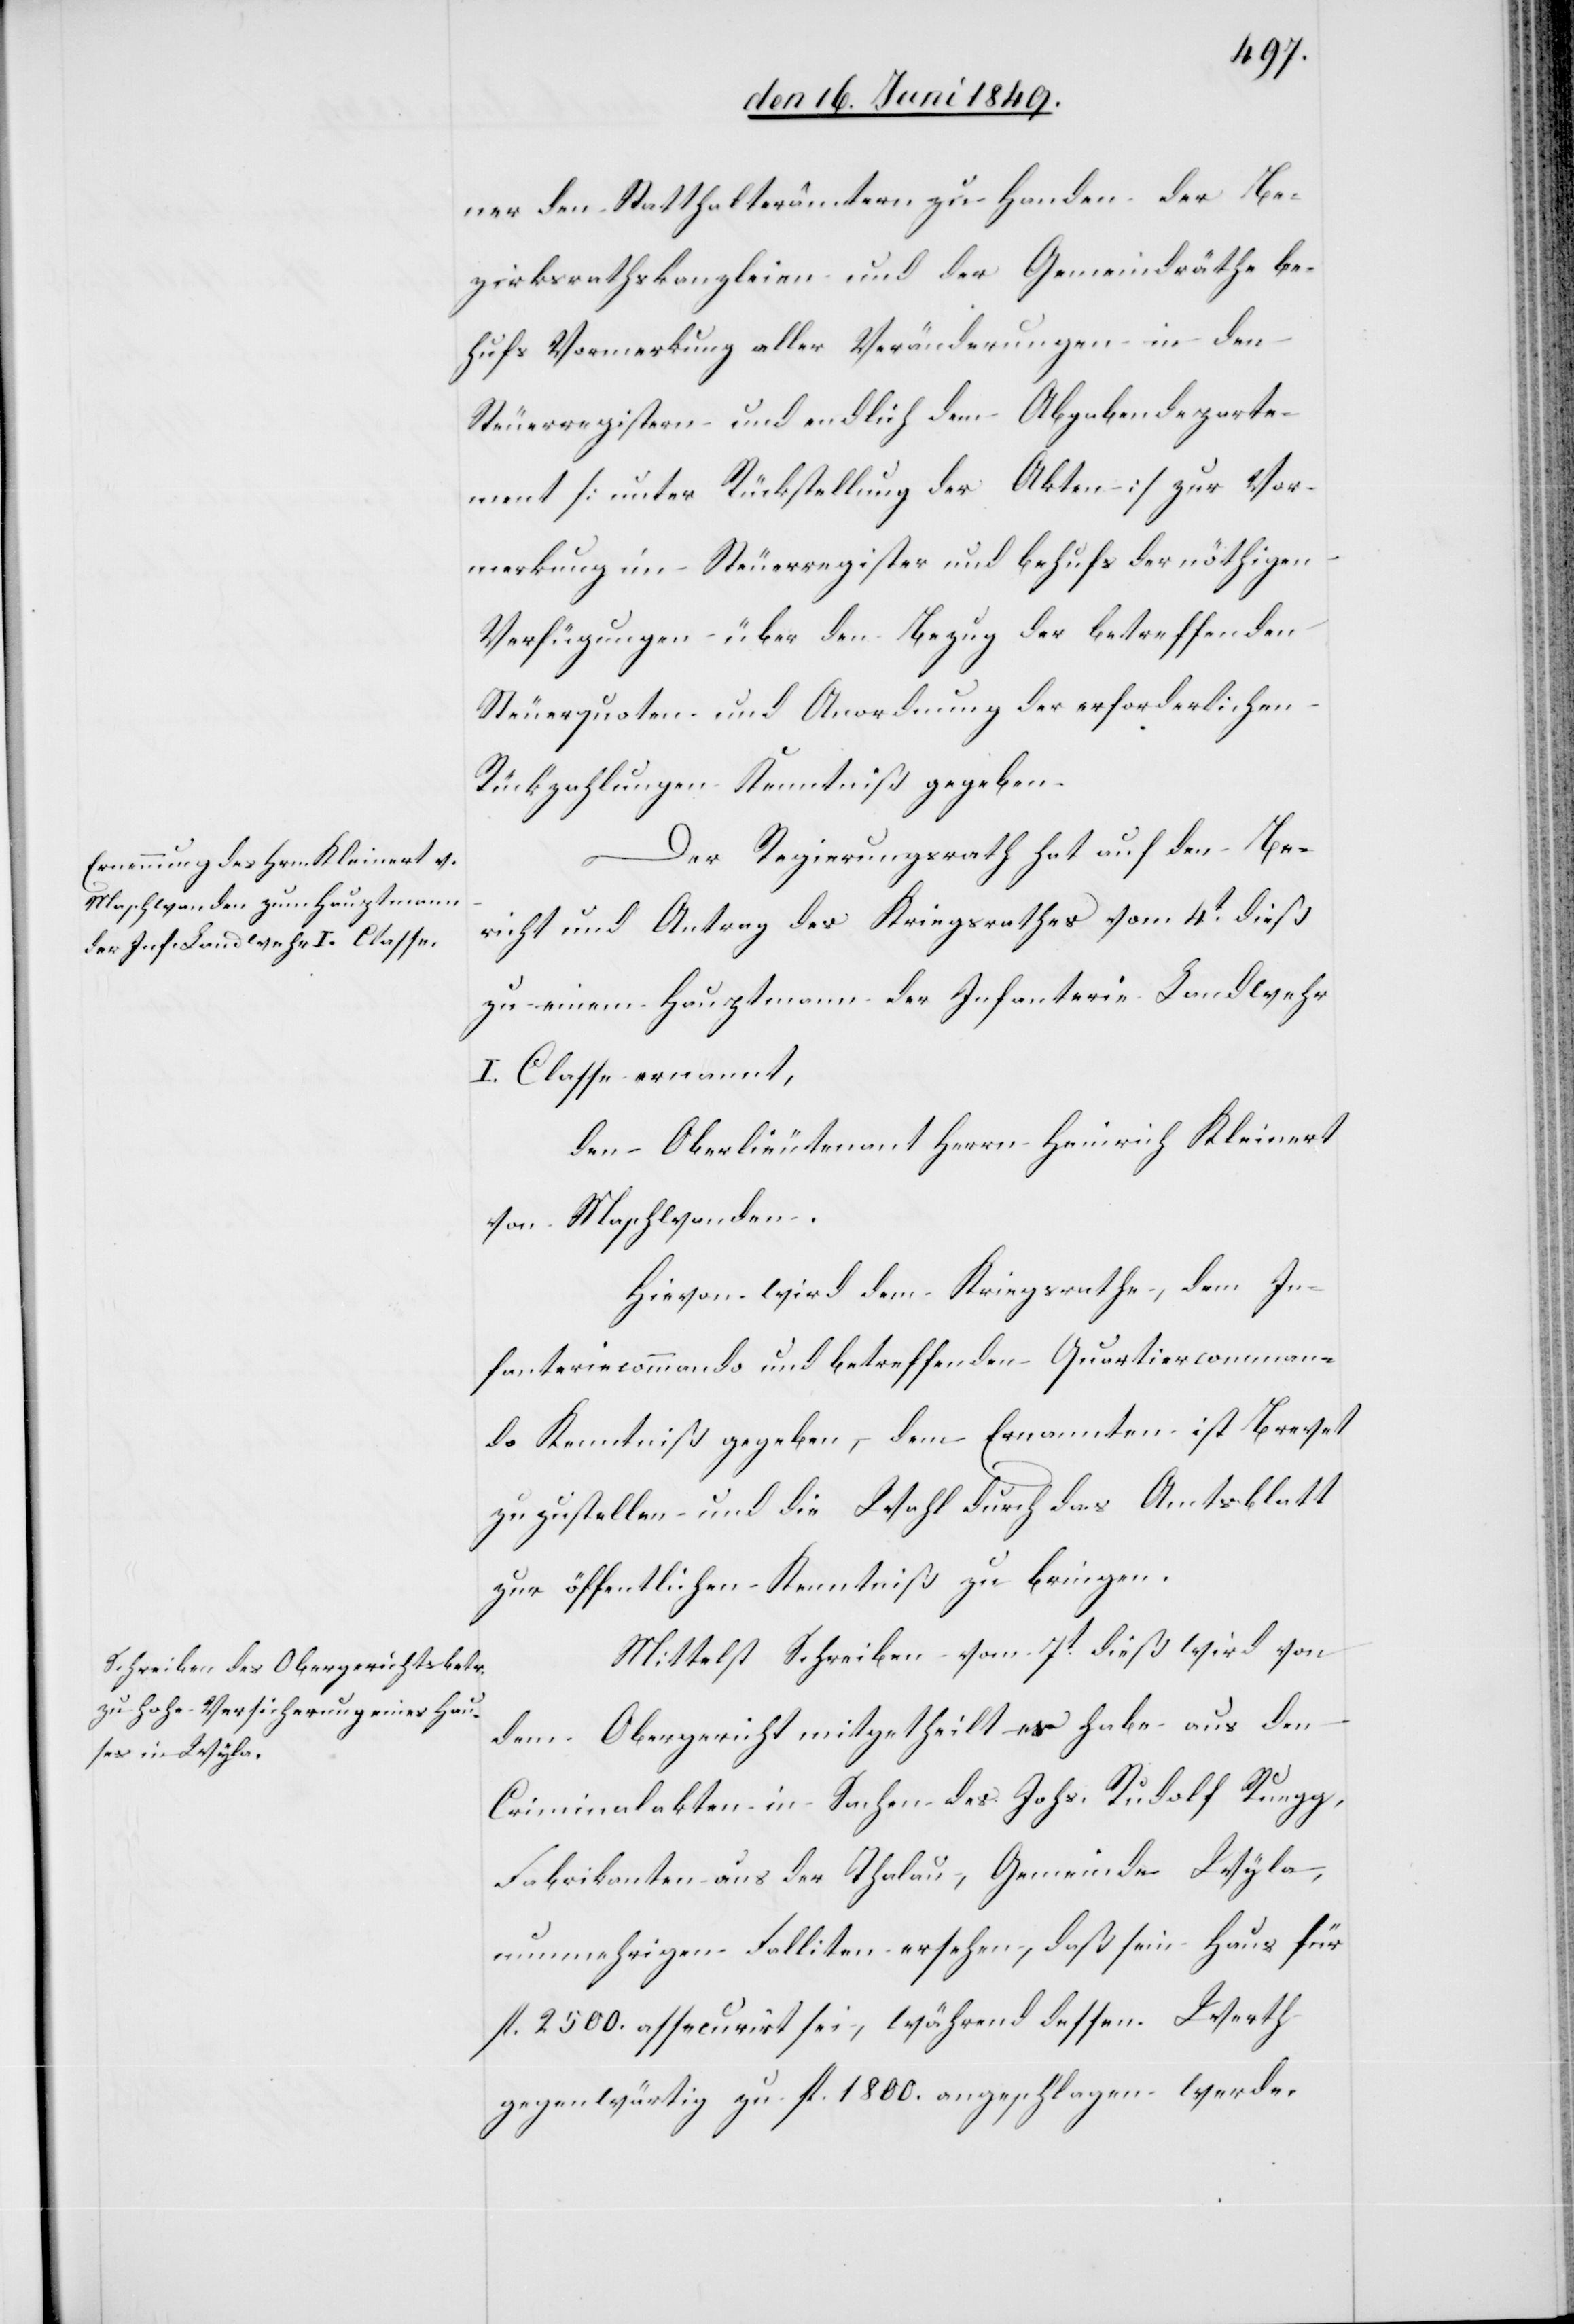
ner den Statthalterämtern zu Handen der Be¬
zirksrathskanzleien und der Gemeindräthe be¬
hufs Vormerkung aller Veränderungen in den
Steuerregistern und endlich dem Abgabendeparte¬
ment [unter Rückstellung der Akten] zur Vor¬
merkung im Steuerregister und behufs der nöthigen
Verfügungen über den Bezug der betreffenden
Steuerquoten und Anordnung der erforderlichen
Rückzahlungen Kenntniß gegeben.
Der Regierungsrath hat auf den Be¬
richt und Antrag des Kriegsrathes vom 4t dieß
zu einem Hauptmann der Infanterie Landwehr
I. Classe ernannt,
den Oberlieutenant Herrn Heinrich Kleinert
von Maschwanden.
Hievon wird dem Kriegsrathe, dem In¬
fanteriecommando und betreffenden Quartiercomman¬
do Kenntniß gegeben, dem Ernannten ist Brevet
zu zustellen und die Wahl durch das Amtsblatt
zur öffentlichen Kenntniß zu bringen.
Mittelst Schreiben vom 7t dieß wird von
dem Obergericht mitgetheilt es habe aus den
Criminalakten in Sachen des Johs. Rudolf Ruegg,
Fabrikanten aus der Thalau, Gemeinde Wyla,
nunmehrigen Falliten ersehen, daß sein Haus für
fl. 2500. assecurirt sei, während dessen Werth
gegenwärtig zu fl. 1800. angeschlagen werde.